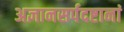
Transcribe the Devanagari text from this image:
अज्ञानसर्पदष्टानां